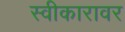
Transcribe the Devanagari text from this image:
स्वीकारावर